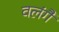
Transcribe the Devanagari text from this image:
वलंगै